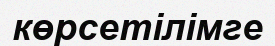
көрсетілімге